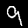
Label: 9